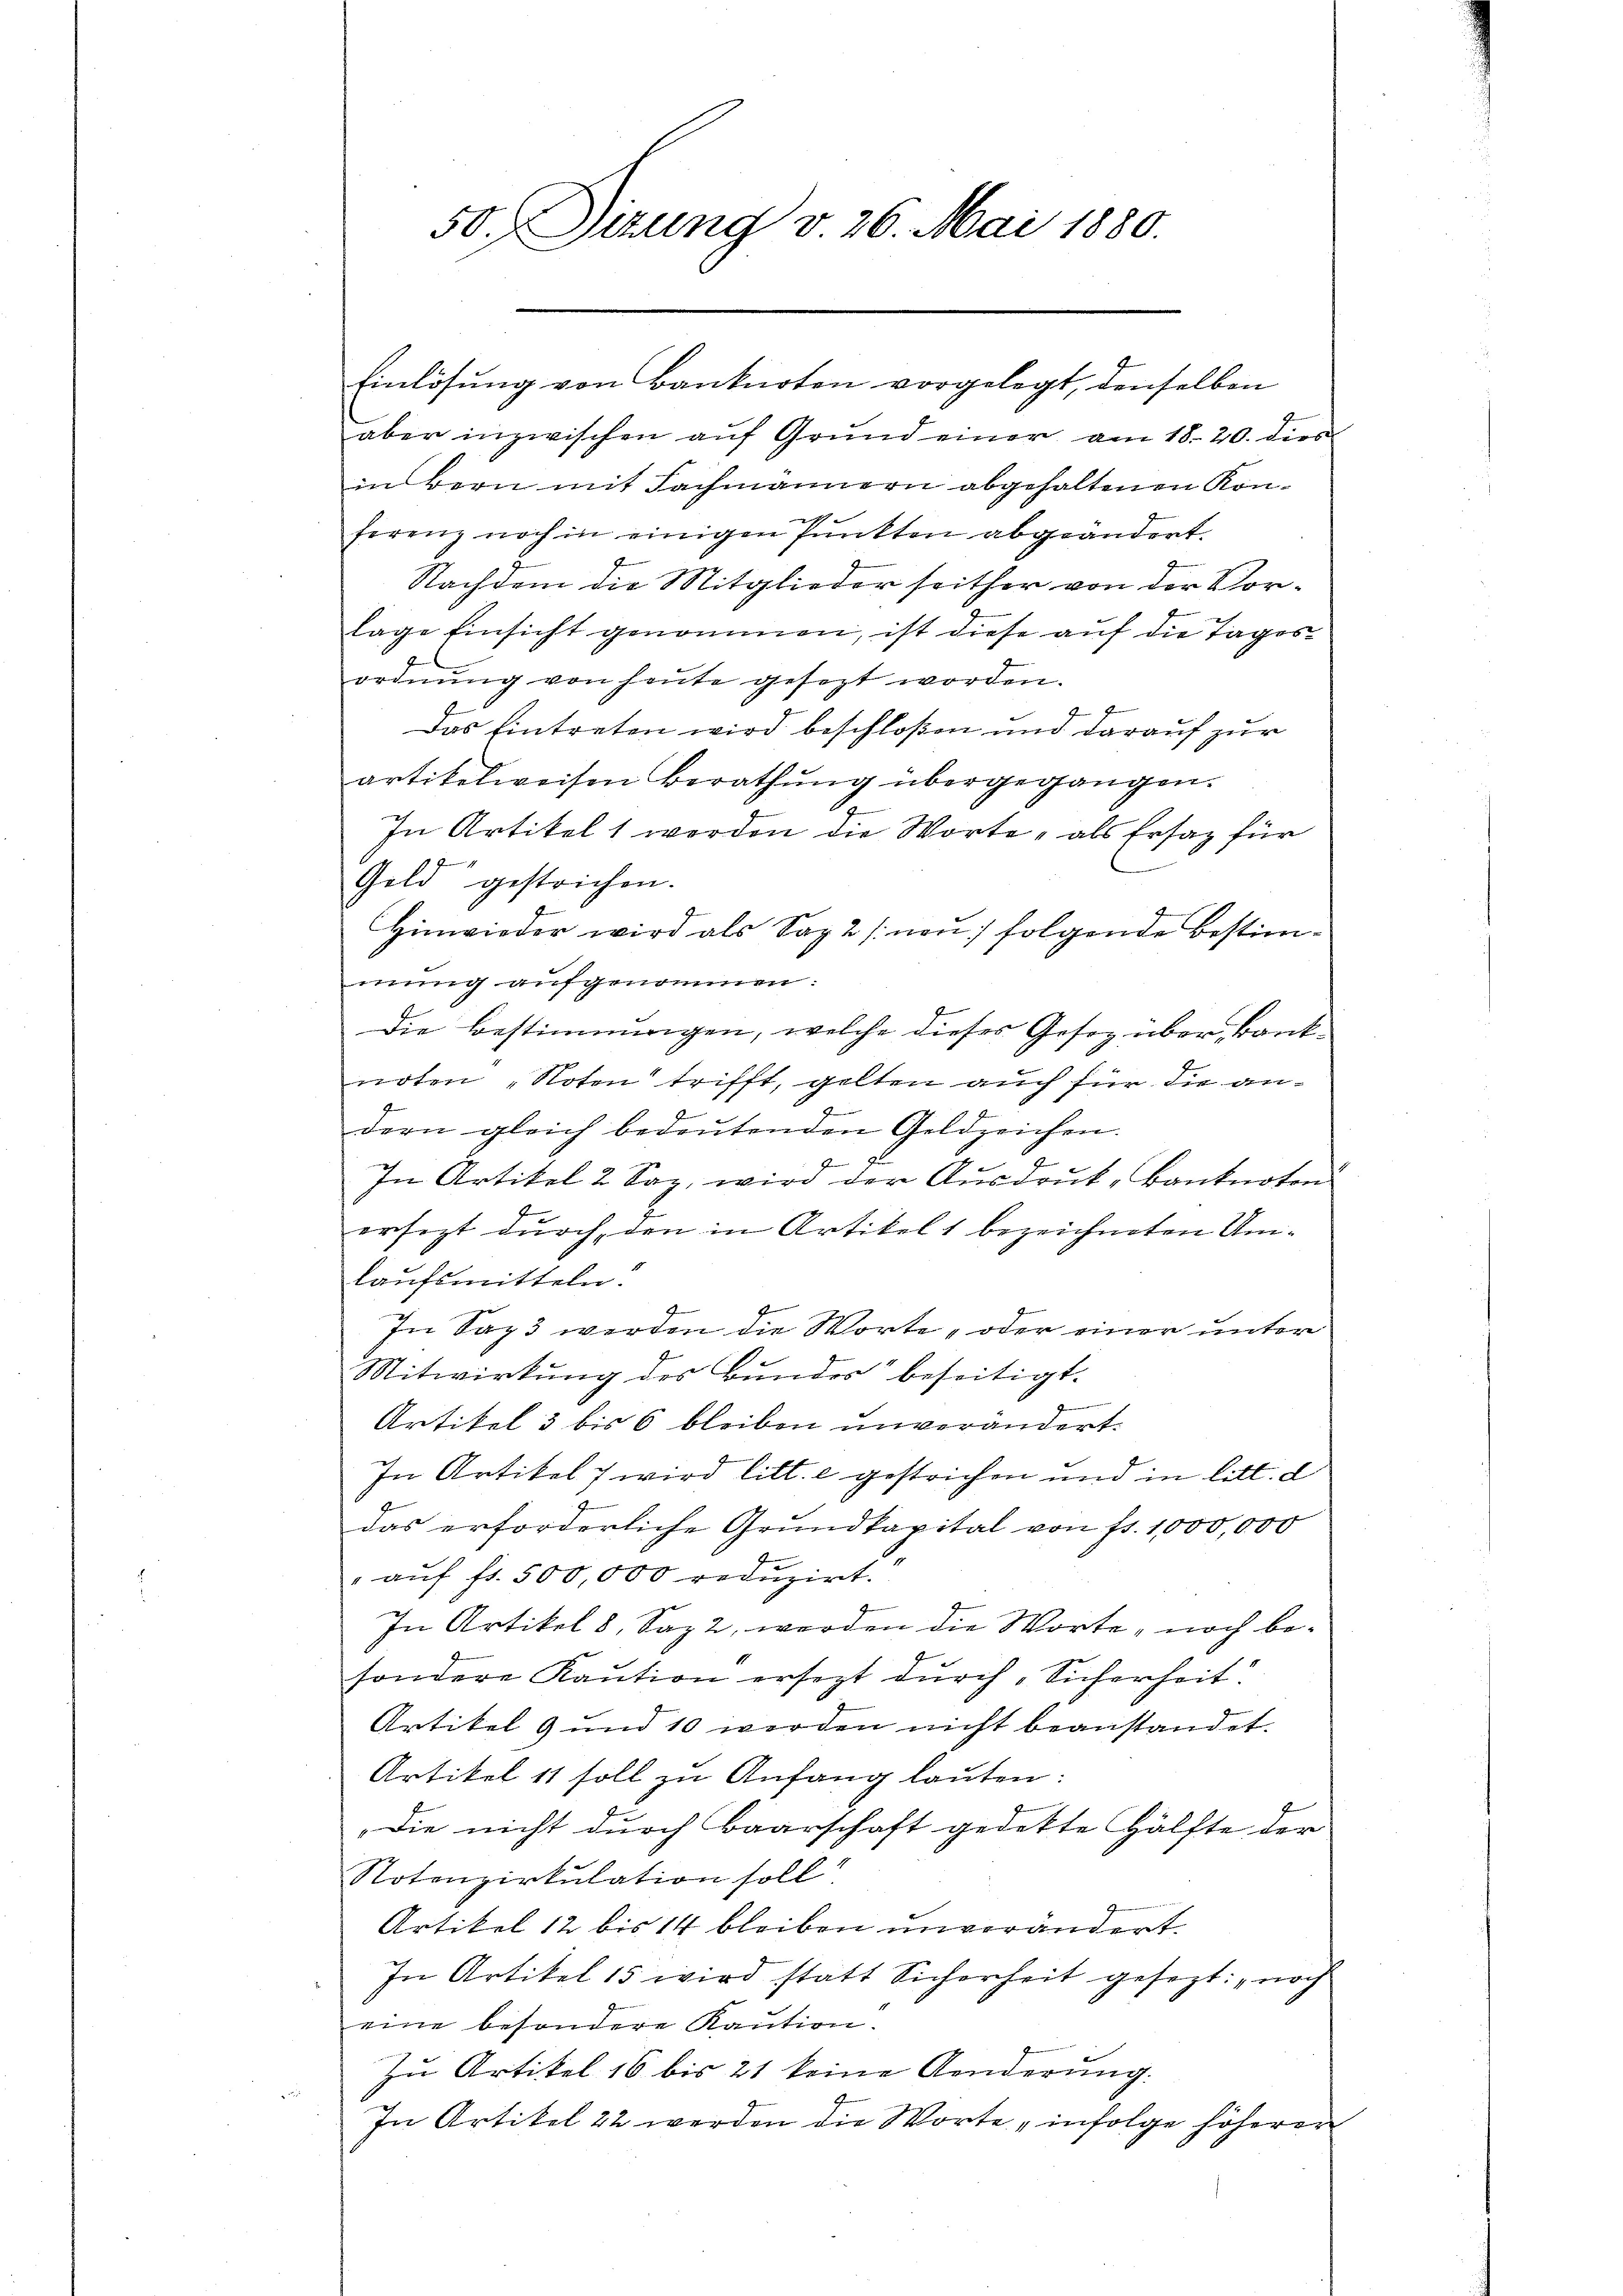
50. Sizung v. 26. Mai 1880.

Einlösung von Banknoten vorgelegt, denselben
aber inzwischen aŭf Grŭnd einer am 18. 20. dies
in Bern mit Fachmännern abgehaltenen Konferenz noch in einigen Punkten abgeändert.
I
Nachdem die Mitglieder seither von der Vorlage Einsicht genommen, ist diese auf die Tages
ordnŭng von heŭte gesezt worden.
4
Das Eintreten wird beschloßen und darauf zur
artikelweisen Berathung übergegangen.
In Artikelt worden die Worte, als Ersatz für
Geld gestrichen.
Hinwieder wird als Sapa (nau) folgende Bestimmung aufgenommen:
Die Bestimmungen, welche dieses Gesetz über, kantnoten „Noten trifft, gelten auch für die andern gleich bedeutenden Geldzeichen.
I
In Artikel 2 Saz, wird der Ausdruck Banknoton
ersezt durch den in Artikel 1 bezeichneten Umlaufsmitteln.
f
In Sapt werden die Worte „oder einer unter
Mitwirkung des Bundes“ beseitigt.
Artikel 3 bis 6 bleiben unverändert.
In Artikel 7 wird litt. c gestrichen und in litt. d
das erforderliche Grundkapital von fr. 1000,000
 aŭf fr. 500,000 reduzirt.
In Artikel 8 Saz 2, worden die Worte, noch besondere Kaution ersezt durch Sicherheit.
Artikel 9 und 10 werden nicht beanstandet.
Artikel 11 soll zu Anfang lauten:
Die nicht durch Baarschaft gedekte Hälfte der
Notenzirkulation soll
Artikel 12 bis 14 bleiben unverändert
In Artikel 15 wird statt Sicherheit gesezt: „noch
eine besondere Kaution.
Zu Artikel 16 bis 21 keine Aenderung.
In Artikel 22 werden die Worte „infolge höherer